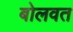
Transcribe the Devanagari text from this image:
बोलवत